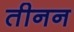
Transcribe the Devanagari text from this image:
तीनन